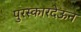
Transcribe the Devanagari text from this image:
पुरस्कारदेऊन